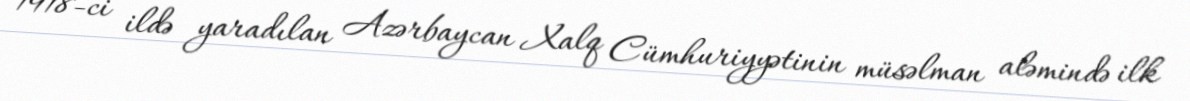
1918-ci ildə yaradılan Azərbaycan Xalq Cümhuriyyətinin müsəlman aləmində ilk